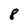
Character: 8